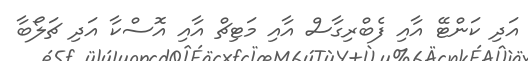
އަދި ކަންޓޭ އާއި ފެބްރިގާސް އާއި މަޓިޗް އާއި އޮސްކާ އަދި ޗަލޯބާ